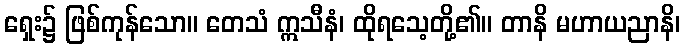
ရှေး၌ ဖြစ်ကုန်သော။ တေသံ ဣသီနံ၊ ထိုရသေ့တို့၏။ တာနိ မဟာယညာနိ၊